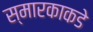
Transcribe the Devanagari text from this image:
स्मारकाकडे